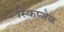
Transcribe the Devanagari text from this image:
स्किप्जेक